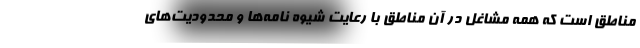
مناطق است که همه مشاغل در آن مناطق با رعایت شیوه نامه‌ها و محدودیت‌های